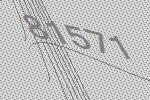
81571